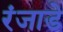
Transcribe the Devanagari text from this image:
रंजाडे